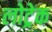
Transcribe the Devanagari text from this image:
लोट्रेक